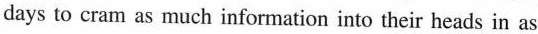
days to cram as much information into their heads in as